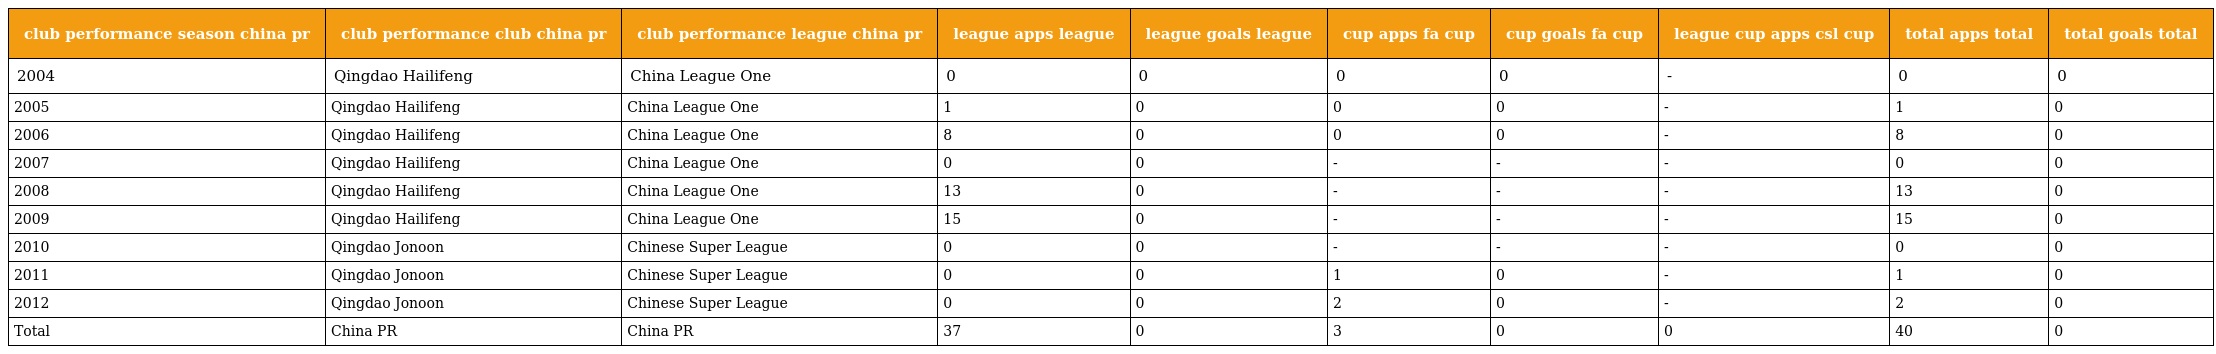
| club performance season china pr | club performance club china pr | club performance league china pr | league apps league | league goals league | cup apps fa cup | cup goals fa cup | league cup apps csl cup | total apps total | total goals total |
 | --- | --- | --- | --- | --- | --- | --- | --- | --- | --- |
 | 2004 | Qingdao Hailifeng | China League One | 0 | 0 | 0 | 0 | - | 0 | 0 |
 | 2005 | Qingdao Hailifeng | China League One | 1 | 0 | 0 | 0 | - | 1 | 0 |
 | 2006 | Qingdao Hailifeng | China League One | 8 | 0 | 0 | 0 | - | 8 | 0 |
 | 2007 | Qingdao Hailifeng | China League One | 0 | 0 | - | - | - | 0 | 0 |
 | 2008 | Qingdao Hailifeng | China League One | 13 | 0 | - | - | - | 13 | 0 |
 | 2009 | Qingdao Hailifeng | China League One | 15 | 0 | - | - | - | 15 | 0 |
 | 2010 | Qingdao Jonoon | Chinese Super League | 0 | 0 | - | - | - | 0 | 0 |
 | 2011 | Qingdao Jonoon | Chinese Super League | 0 | 0 | 1 | 0 | - | 1 | 0 |
 | 2012 | Qingdao Jonoon | Chinese Super League | 0 | 0 | 2 | 0 | - | 2 | 0 |
 | Total | China PR | China PR | 37 | 0 | 3 | 0 | 0 | 40 | 0 |